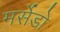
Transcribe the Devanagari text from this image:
मर्सेडो